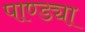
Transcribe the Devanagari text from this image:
पाण्ड्या